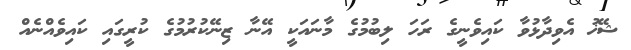
ޝޭޚު އެވިދާޅުވާ ކައިވެނީގެ ރަހަ ލިބުމުގެ މާނައަކީ އޭނާ ޒިނޭކުރުމުގެ ކުރީގައި ކައިވެއްނެއް